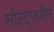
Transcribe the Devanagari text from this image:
सोल्ट्ज़मैन